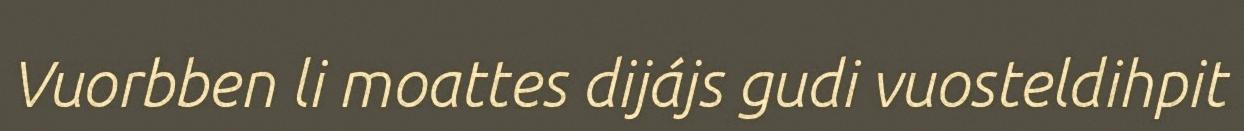
Vuorbben li moattes dijájs gudi vuosteldihpit